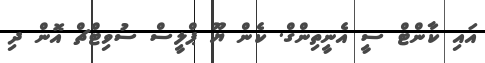
އައި ކާންޓް ސީ އެނީތިންގް. ކެން ޔޫ ޕްލީސް ސުވިޓްޗް އޮން ދި